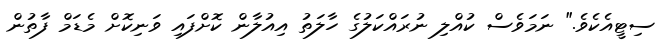
ސިޓީއެކެވެ." ނަމަވެސް ކުއްލި ނުރައްކަލުގެ ހާލަތު އިއުލާން ކޮށްފައި ވަނިކޮށް މެޑަމް ފާތުން